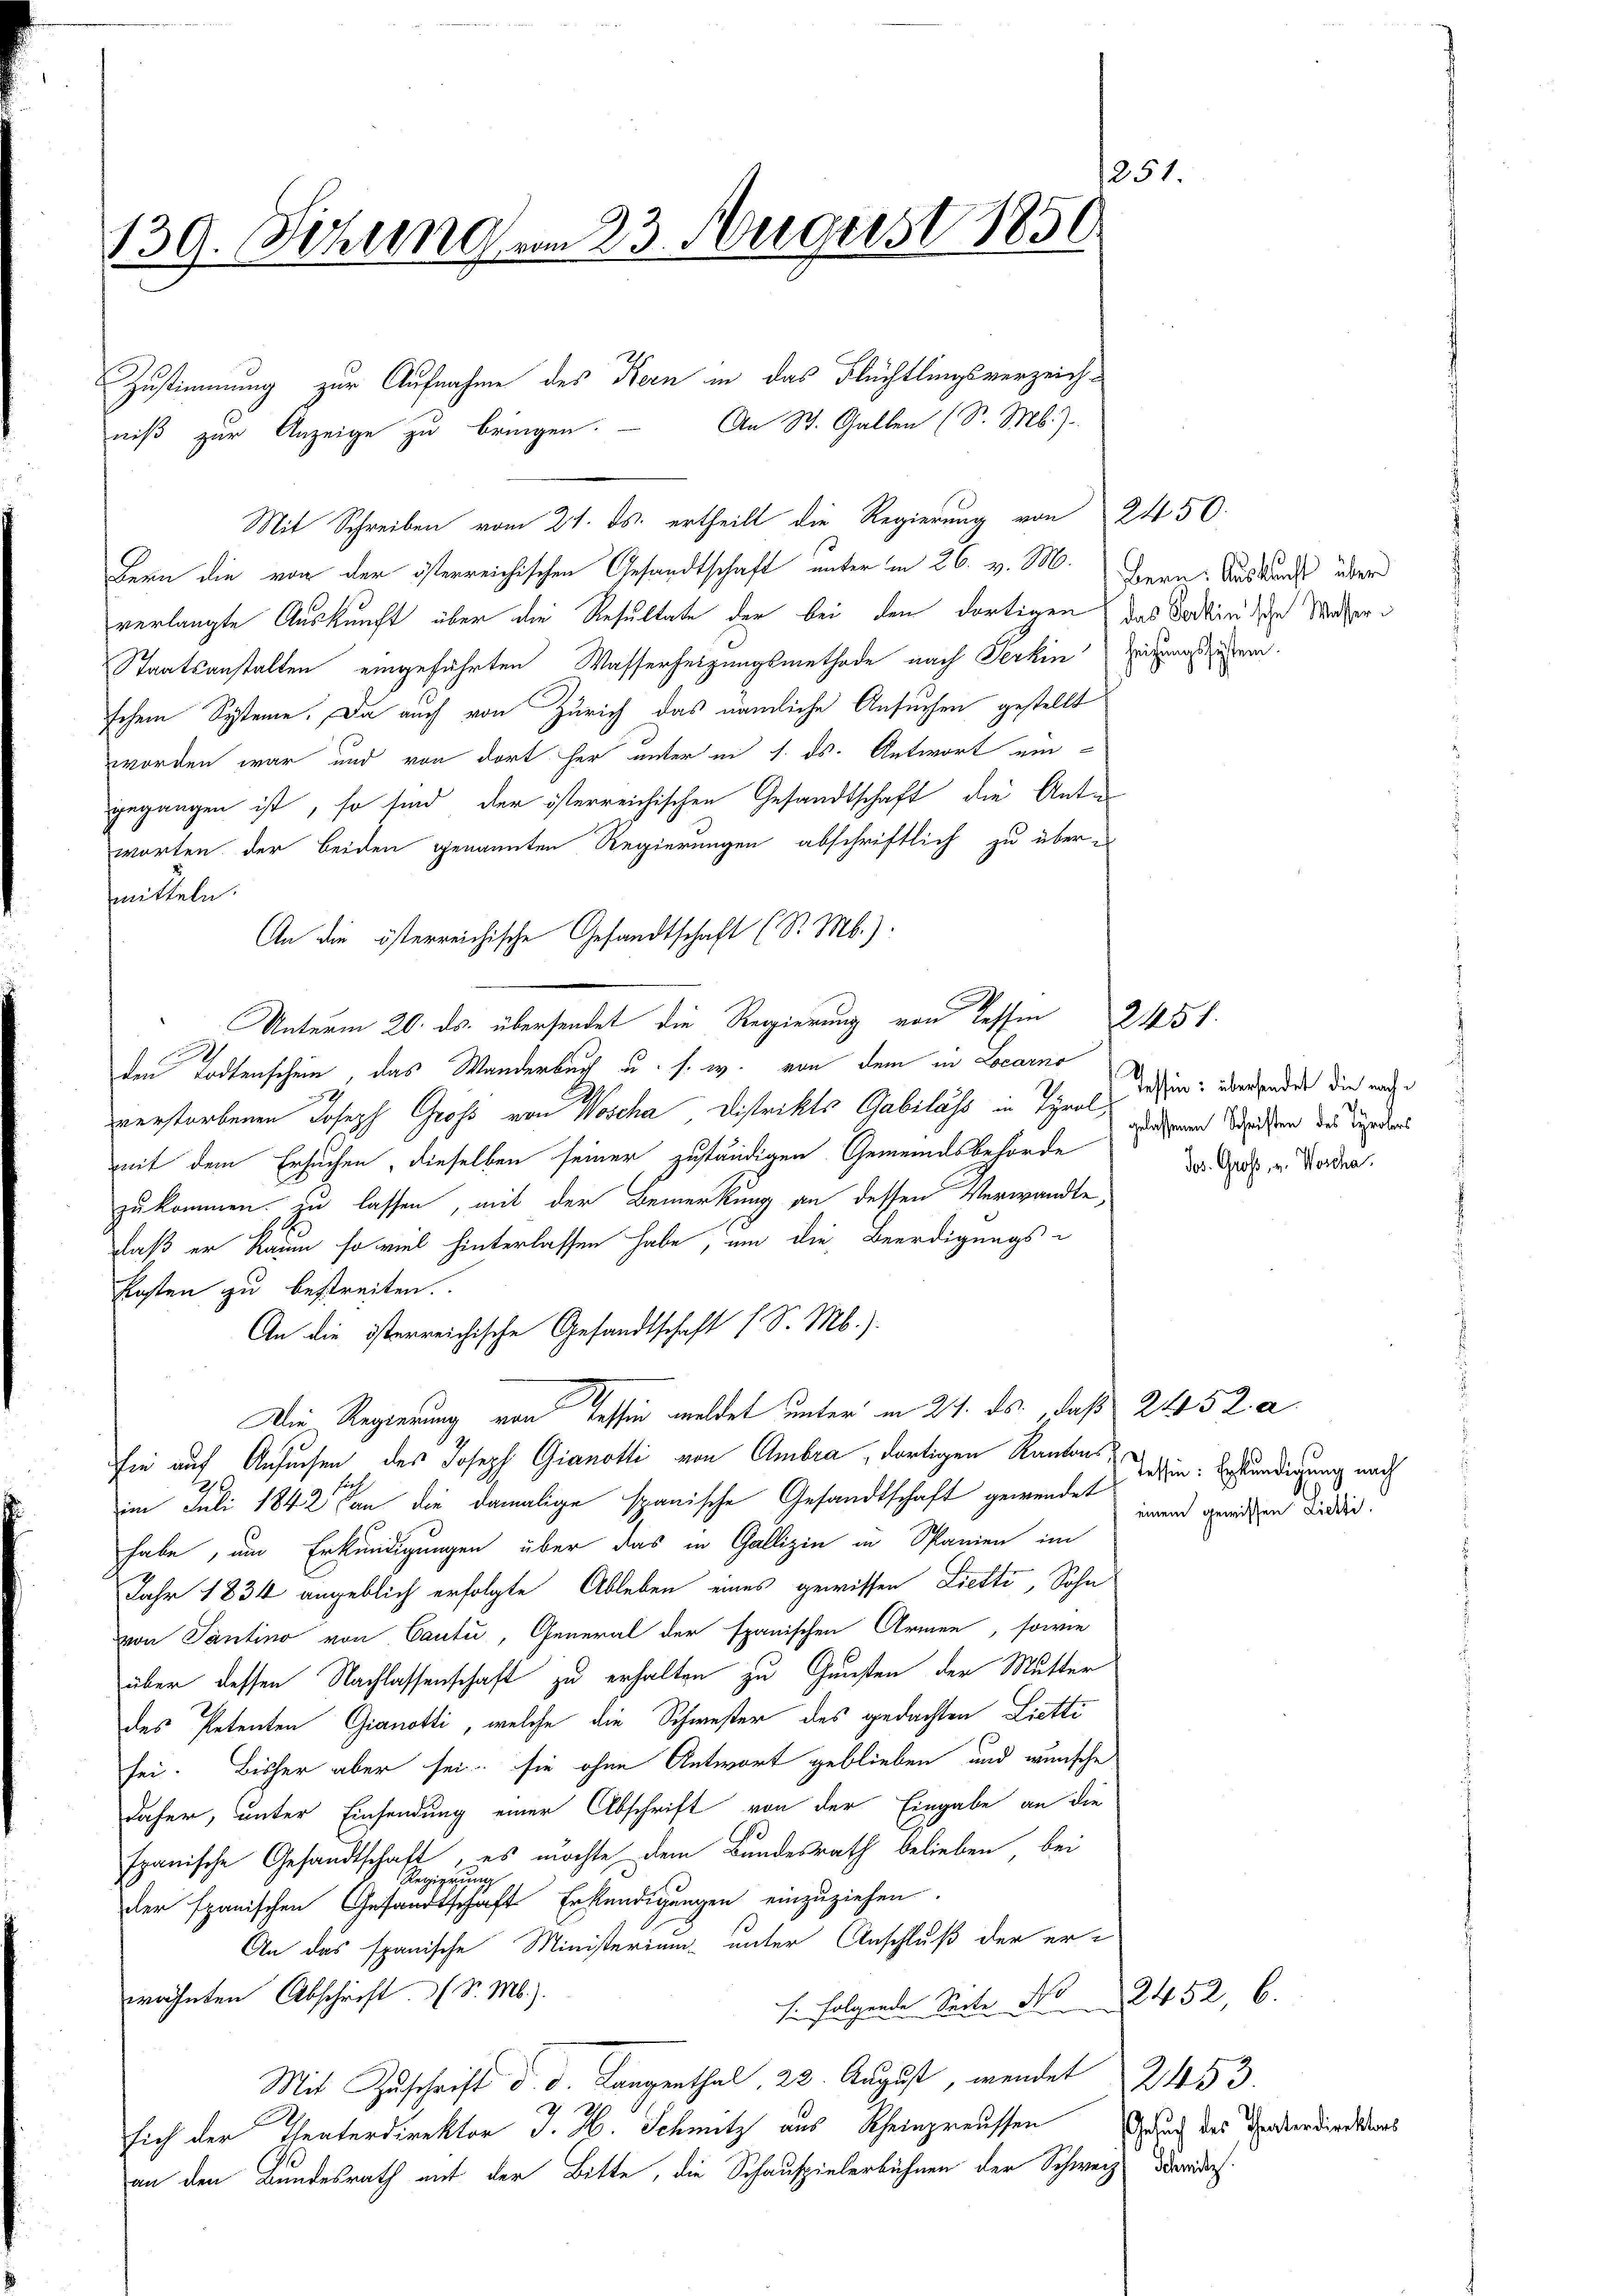
251.
139. Sitzung vom 23. Aergerst 1850

Mit Schreiben vom 24. ds. ertheilt die Regierung von 2450.
Bern die von der österreichischen Gesandtschaft unter in 26. v. M. Bern Ausdurchs über
verlangte Auskunft über die Resultate der bei den dortigen das darin die Materi
Staatsanstalten eingeführten Wasserheizungsmethode nach Ferkin Eingassesen.
schem Systeme. Da auch von Zürich das nämliche Ansuchen gestellt
worden war und von dort her unter in 1. ds. Antwort ein-
gegangen ist, so sind der österreichischen Gesandtschaft die Anto
worten der beiden genannten Regierungen abschriftlich zu über e
mitteln.
An die österreichische Gesandtschaft (S. M.).
Unterm 20. ds. übersendet die Regierung von Tessin
den Todtenschein, das Wanderbuch u. s. w. von dem in Locarno
verstorbenen Joseph Gross von Wosche Distrikts Gabelass in Tyrol, dassen: über ander die nach
mit dem Ersuchen, dieselben seiner zuständigen Gemeindsbehörde
zukommen zu lassen, mit der Bemerkung an dessen Verwandte,
Daß er Raum so viel hinterlassen habe, um die Beerdigungs-
Klosten zu bestreiten.
An die österreichische Gesandtschaft (S. M.).
Die Regierung von Tessin meldet unter in 21. ds., daß 2452 a
sie auf Ansuchen des Joseph Gianotti von Ambra, dortigen Kantons in Beständigung nach
Sach
im Juli 1842 an die damalige spanische Gesandtschaft gewendet
habe, um Erkundigungen über das in Gallizin in Spanien im
Jahr 1834 angeblich erfolgte Ableben eines gewissen Lietti, Sohn
von Tantino von Cauti, General der spanischen Armen, sowie
über dessen Nachlassenschaft zu erhalten zu Gunsten der Mutter
des Petenten Gianotti, welche die Schwester des gedachten Lietti
sei. Bisher aber sei; sie ohne Antwort geblieben und wünsche
daher, unter Einsendung einer Abschrift von der Eingabe an die
Ipanische Gesandtschaft, es möchte dem Bundesrath belieben, bei
1
gerung
der spanischen Gesandtschaft Erkundigungen einzuziehen.
An das spanische Ministerium unter Anschluß der erwähnten Abschrift (S. Mb.).
s. folgende Seiter No

Mit Zuschrift d. d. Langenthal, 22. August, wendet 2153
sich der Theaterdirektor J. H. Schmitz aus Rheinpreussen Gesuch des Traderdictions
an den Bundesrath mit der Bitte, die Schauspielerbühnen der Schweiz daraus.

Zustimmung zur Aufnahme des Bern in das Flüchtlingsverzeichniß zur Anzeige zu bringen. An St. Gallen (S. Mb.).

gelassenen Schriften des Tyrolers
dos. Groß, v. Woscha

2451.

einem gewissen Lichti

22452, 6.